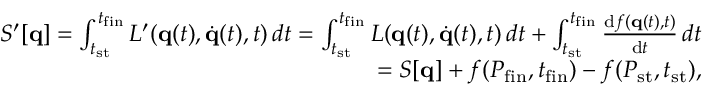
\begin{array} { r } { S ^ { \prime } [ \mathbf { q } ] = \int _ { t _ { \mathrm { s t } } } ^ { t _ { \mathrm { f i n } } } L ^ { \prime } ( \mathbf { q } ( t ) , { \dot { \mathbf { q } } } ( t ) , t ) \, d t = \int _ { t _ { \mathrm { s t } } } ^ { t _ { \mathrm { f i n } } } L ( \mathbf { q } ( t ) , { \dot { \mathbf { q } } } ( t ) , t ) \, d t + \int _ { t _ { \mathrm { s t } } } ^ { t _ { \mathrm { f i n } } } { \frac { \mathrm { d } f ( \mathbf { q } ( t ) , t ) } { \mathrm { d } t } } \, d t } \\ { = S [ \mathbf { q } ] + f ( P _ { \mathrm { f i n } } , t _ { \mathrm { f i n } } ) - f ( P _ { \mathrm { s t } } , t _ { \mathrm { s t } } ) , } \end{array}